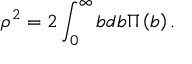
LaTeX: \rho ^ { 2 } = 2 \int _ { 0 } ^ { \infty } { b d b } \Pi \left( b \right) .